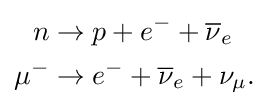
{\begin{aligned}n&\to p+e^{-}+{\overline {\nu }}_{e}\\\mu ^{-}&\to e^{-}+{\overline {\nu }}_{e}+\nu _{\mu }.\end{aligned}}